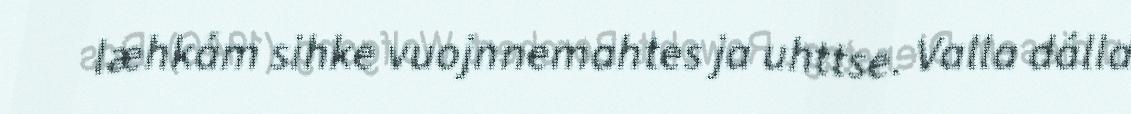
læhkám sihke vuojnnemahtes ja uhttse. Valla dálla